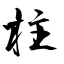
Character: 柱